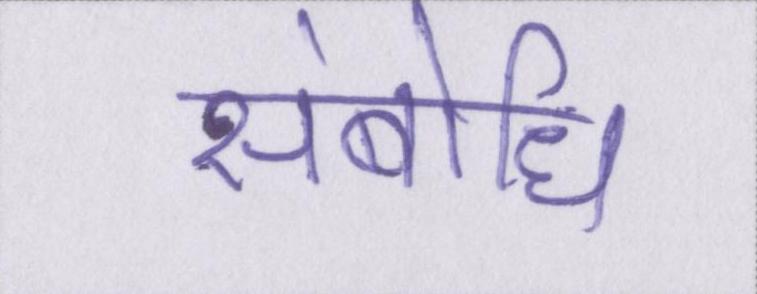
संबोधि